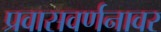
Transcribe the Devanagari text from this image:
प्रवासवर्णनावर